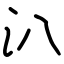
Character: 汃